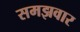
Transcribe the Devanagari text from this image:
समझवार